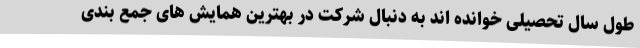
طول سال تحصیلی خوانده اند به دنبال شرکت در بهترین همایش های جمع بندی